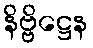
နိဗ္ဗိဋ္ဌေန